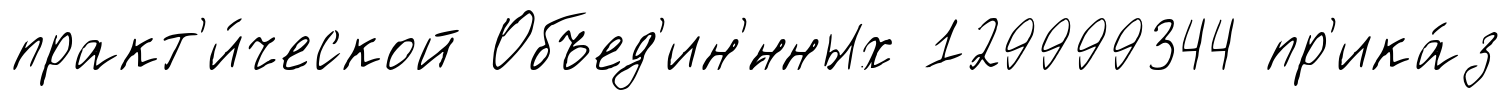
практ'и́ческой Объед'ин'́нных 129999344 пр'ика́з